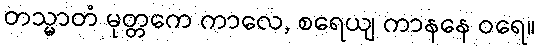
တသ္မာတံ မုတ္တကေ ကာလေ, စရေယျ ကာနနေ ဝရေ။